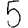
Digit: 5